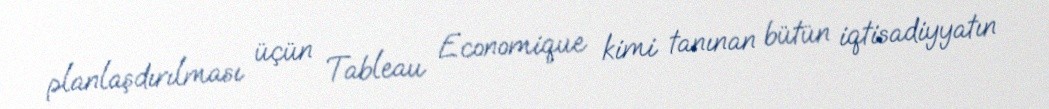
planlaşdırılması üçün Tableau Economique kimi tanınan bütün iqtisadiyyatın